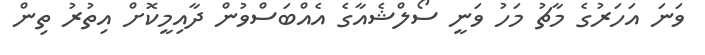
ވަނަ އަހަރުގެ މާޗު މަހު ވަނީ ސޯލްޝެއާގެ އެއްބަސްވުން ދާއިމީކޮށް އިތުރު ތިން